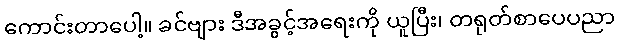
ကောင်းတာပေါ့။ ခင်ဗျား ဒီအခွင့်အရေးကို ယူပြီး၊ တရုတ်စာပေပညာ